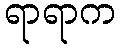
ရာရာက